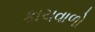
કાચવાળો